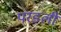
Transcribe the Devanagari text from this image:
परडली